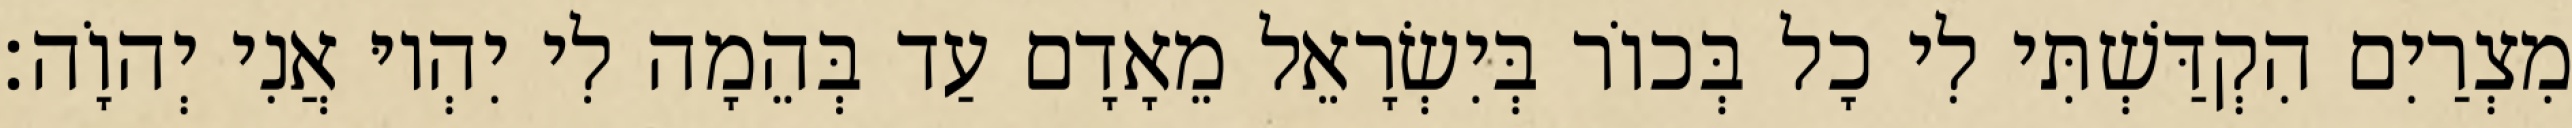
מִצְרַיִם הִקְדַּשְׁתִּי לִי כָל בְּכוֹר בְּיִשְׂרָאֵל מֵאָדָם עַד בְּהֵמָה לִי יִהְיוּ אֲנִי יְהוָֹה׃